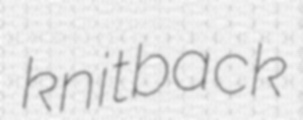
knitback